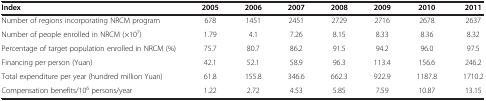
| Index | 2005 | 2006 | 2007 | 2008 | 2009 | 2010 | 2011 |
 | --- | --- | --- | --- | --- | --- | --- | --- |
 | Number of regions incorporating NRCM program | 678 | 1451 | 2451 | 2729 | 2716 | 2678 | 2637 |
 | Number of people enrolled in NRCM (×107) | 1.79 | 4.1 | 7.26 | 8.15 | 8.33 | 8.36 | 8.32 |
 | Percentage of target population enrolled in NRCM (%) | 75.7 | 80.7 | 86.2 | 91.5 | 94.2 | 96.0 | 97.5 |
 | Financing per person (Yuan) | 42.1 | 52.1 | 58.9 | 96.3 | 113.4 | 156.6 | 246.2 |
 | Total expenditure per year (hundred million Yuan) | 61.8 | 155.8 | 346.6 | 662.3 | 922.9 | 1187.8 | 1710.2 |
 | Compensation benefits/106 persons/year | 1.22 | 2.72 | 4.53 | 5.85 | 7.59 | 10.87 | 13.15 |